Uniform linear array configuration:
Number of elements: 16
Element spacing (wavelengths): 0.5
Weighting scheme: blackman
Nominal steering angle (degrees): -15
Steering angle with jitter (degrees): -13.772
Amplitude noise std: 0.05
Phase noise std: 0.05

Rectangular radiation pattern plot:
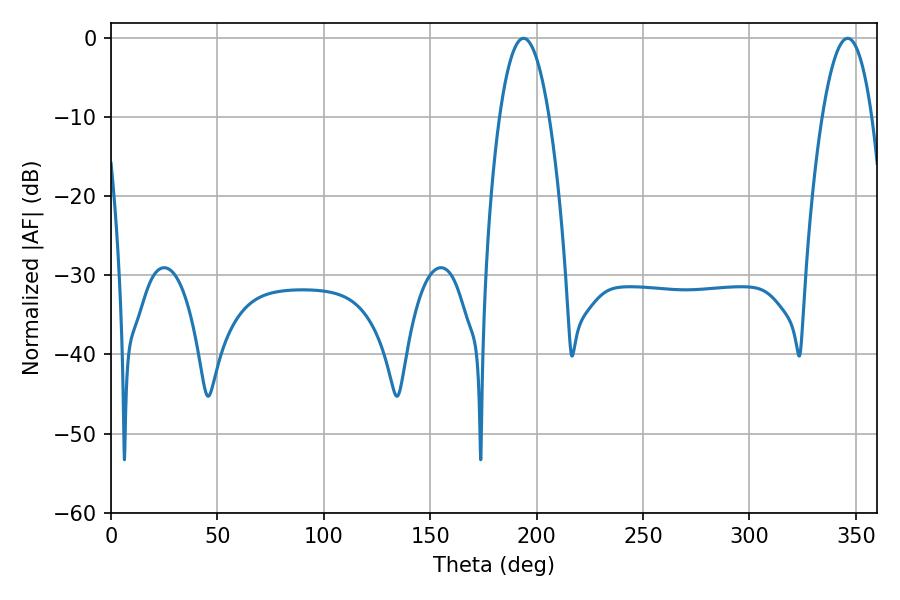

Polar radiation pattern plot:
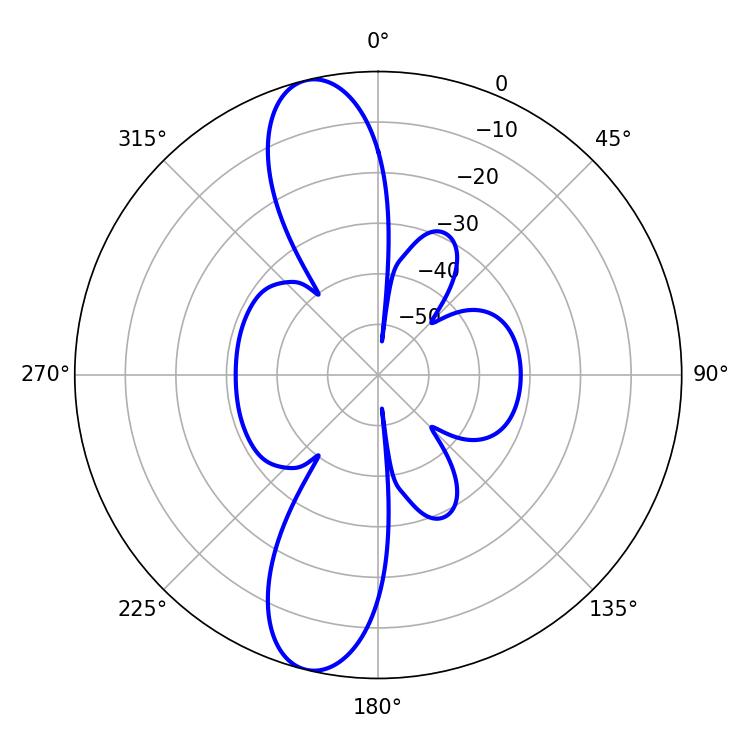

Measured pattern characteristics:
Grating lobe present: FALSE
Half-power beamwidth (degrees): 12.78
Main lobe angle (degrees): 193.86